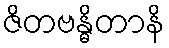
ဇိတဗန္ဓိတာနိ